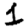
Digit: 1